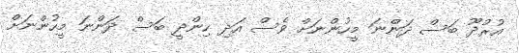
އުރުދޫ ބަސް ދަންނަ މީހުންނަށް ވެސް އަދި ހިންދީ ބަސް ދަންނަ މީހުންނަށް